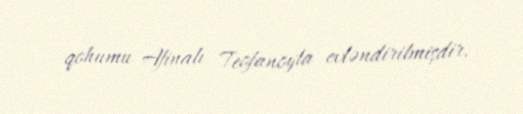
qohumu Afinalı Teofanoyla evləndirilmişdir.